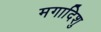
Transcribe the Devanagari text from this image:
मगादिशु